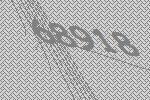
68918